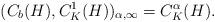
LaTeX: \begin{align*} (C_b(H) , C^1_K(H))_{\alpha , \infty} = C^{\alpha}_K(H).\end{align*}